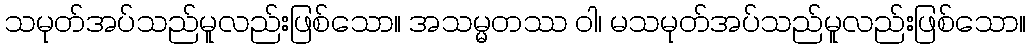
သမုတ်အပ်သည်မူလည်းဖြစ်သော။ အသမ္မတဿ ဝါ၊ မသမုတ်အပ်သည်မူလည်းဖြစ်သော။